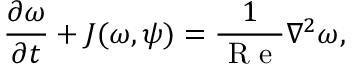
\frac { \partial \omega } { \partial t } + J ( \omega , \psi ) = \frac { 1 } { \mathrm { ~ R ~ e ~ } } \nabla ^ { 2 } \omega ,